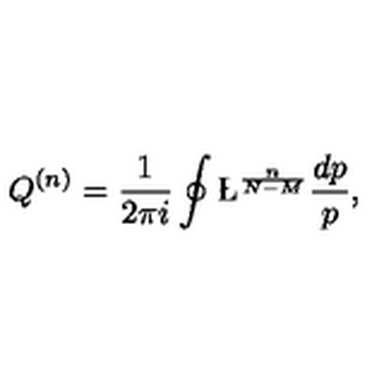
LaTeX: Q ^ { ( n ) } = \frac { 1 } { 2 \pi i } \oint \L ^ { \frac { n } { N - M } } \frac { d p } { p } ,